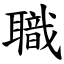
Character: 職